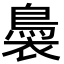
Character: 䙚